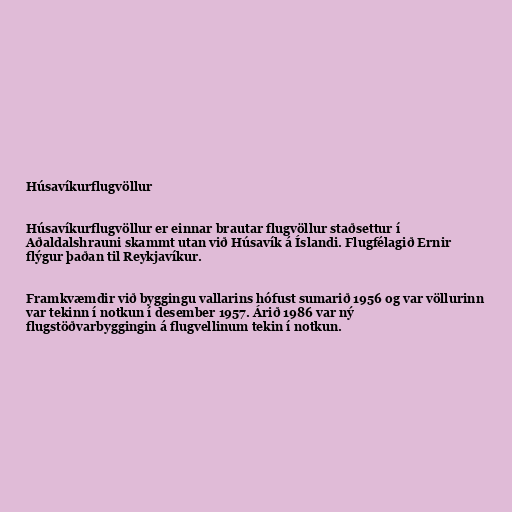
Húsavíkurflugvöllur

Húsavíkurflugvöllur er einnar brautar flugvöllur staðsettur í
Aðaldalshrauni skammt utan við Húsavík á Íslandi. Flugfélagið Ernir
flýgur þaðan til Reykjavíkur.

Framkvæmdir við byggingu vallarins hófust sumarið 1956 og var völlurinn
var tekinn í notkun í desember 1957. Árið 1986 var ný
flugstöðvarbyggingin á flugvellinum tekin í notkun.